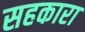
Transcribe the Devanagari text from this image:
सहकारा